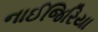
નાઈજિરિયા